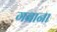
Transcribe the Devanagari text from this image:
गबाना